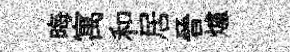
晦寓和居晉爐